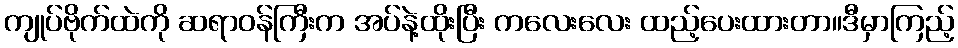
ကျုပ်ဗိုက်ထဲကို ဆရာဝန်ကြီးက အပ်နဲ့ထိုးပြီး ကလေးလေး ထည့်ပေးထားတာ။ဒီမှာကြည့်